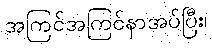
အကြင်အကြင်နာအပ်ပြီး၊